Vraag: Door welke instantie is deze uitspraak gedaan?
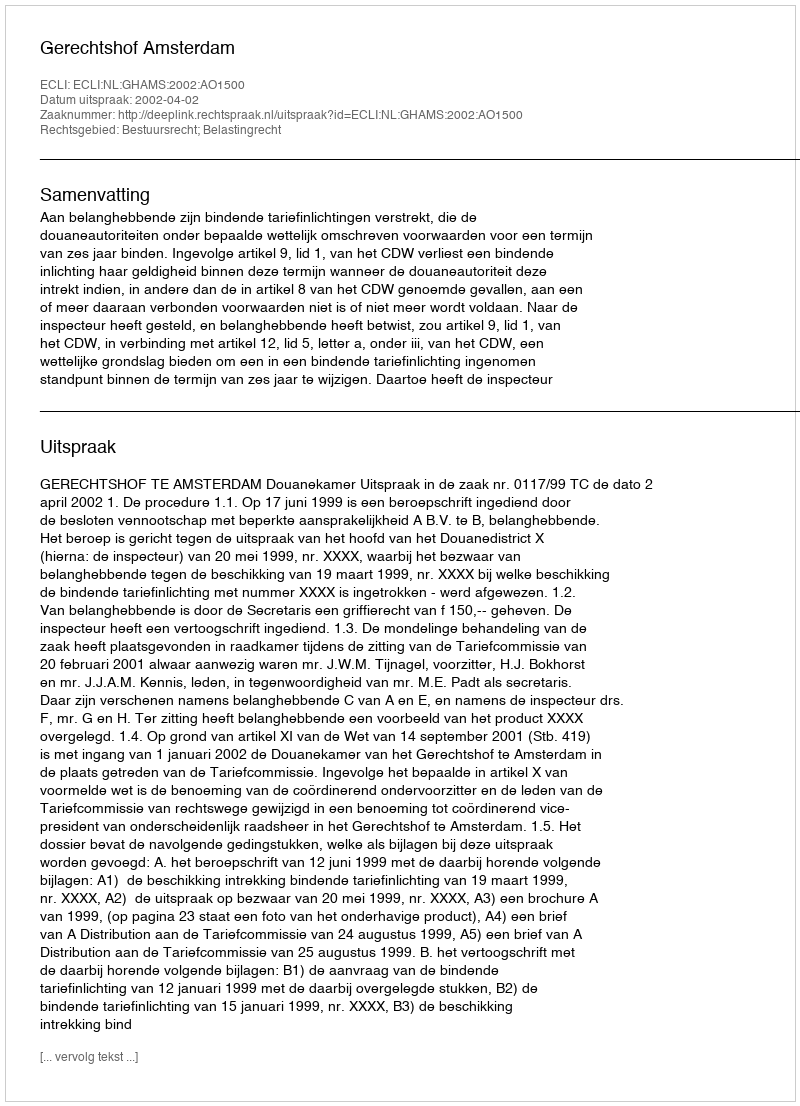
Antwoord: Gerechtshof Amsterdam